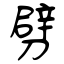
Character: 劈